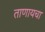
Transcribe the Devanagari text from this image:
ताणायचा